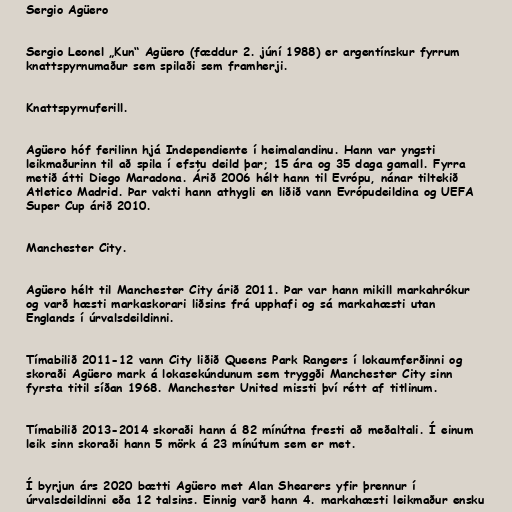
Sergio Agüero

Sergio Leonel „Kun“ Agüero (fæddur 2. júní 1988) er argentínskur fyrrum
knattspyrnumaður sem spilaði sem framherji.

Knattspyrnuferill.

Agüero hóf ferilinn hjá Independiente í heimalandinu. Hann var yngsti
leikmaðurinn til að spila í efstu deild þar; 15 ára og 35 daga gamall. Fyrra
metið átti Diego Maradona. Árið 2006 hélt hann til Evrópu, nánar tiltekið
Atletico Madrid. Þar vakti hann athygli en liðið vann Evrópudeildina og UEFA
Super Cup árið 2010.

Manchester City.

Agüero hélt til Manchester City árið 2011. Þar var hann mikill markahrókur
og varð hæsti markaskorari liðsins frá upphafi og sá markahæsti utan
Englands í úrvalsdeildinni.

Tímabilið 2011-12 vann City liðið Queens Park Rangers í lokaumferðinni og
skoraði Agüero mark á lokasekúndunum sem tryggði Manchester City sinn
fyrsta titil síðan 1968. Manchester United missti því rétt af titlinum.

Tímabilið 2013-2014 skoraði hann á 82 mínútna fresti að meðaltali. Í einum
leik sinn skoraði hann 5 mörk á 23 mínútum sem er met.

Í byrjun árs 2020 bætti Agüero met Alan Shearers yfir þrennur í
úrvalsdeildinni eða 12 talsins. Einnig varð hann 4. markahæsti leikmaður ensku